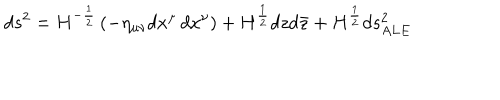
d s ^ { 2 } = H ^ { - \frac { 1 } { 2 } } \left( - \eta _ { \mu \nu } d x ^ { \mu } \, d x ^ { \nu } \right) + H ^ { \frac { 1 } { 2 } } d z d \bar { z } + H ^ { \frac { 1 } { 2 } } d s _ { A L E } ^ { 2 }